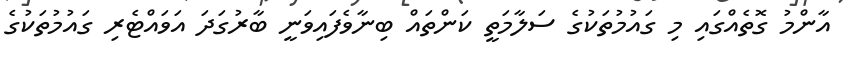
އާންމު ގޮތެއްގައި މި ގައުމުތަކުގެ ސަލާމަތީ ކަންތައް ބިނާވެފައިވަނީ ބާރުގަދަ އަވައްޓެރި ގައުމުތަކުގެ